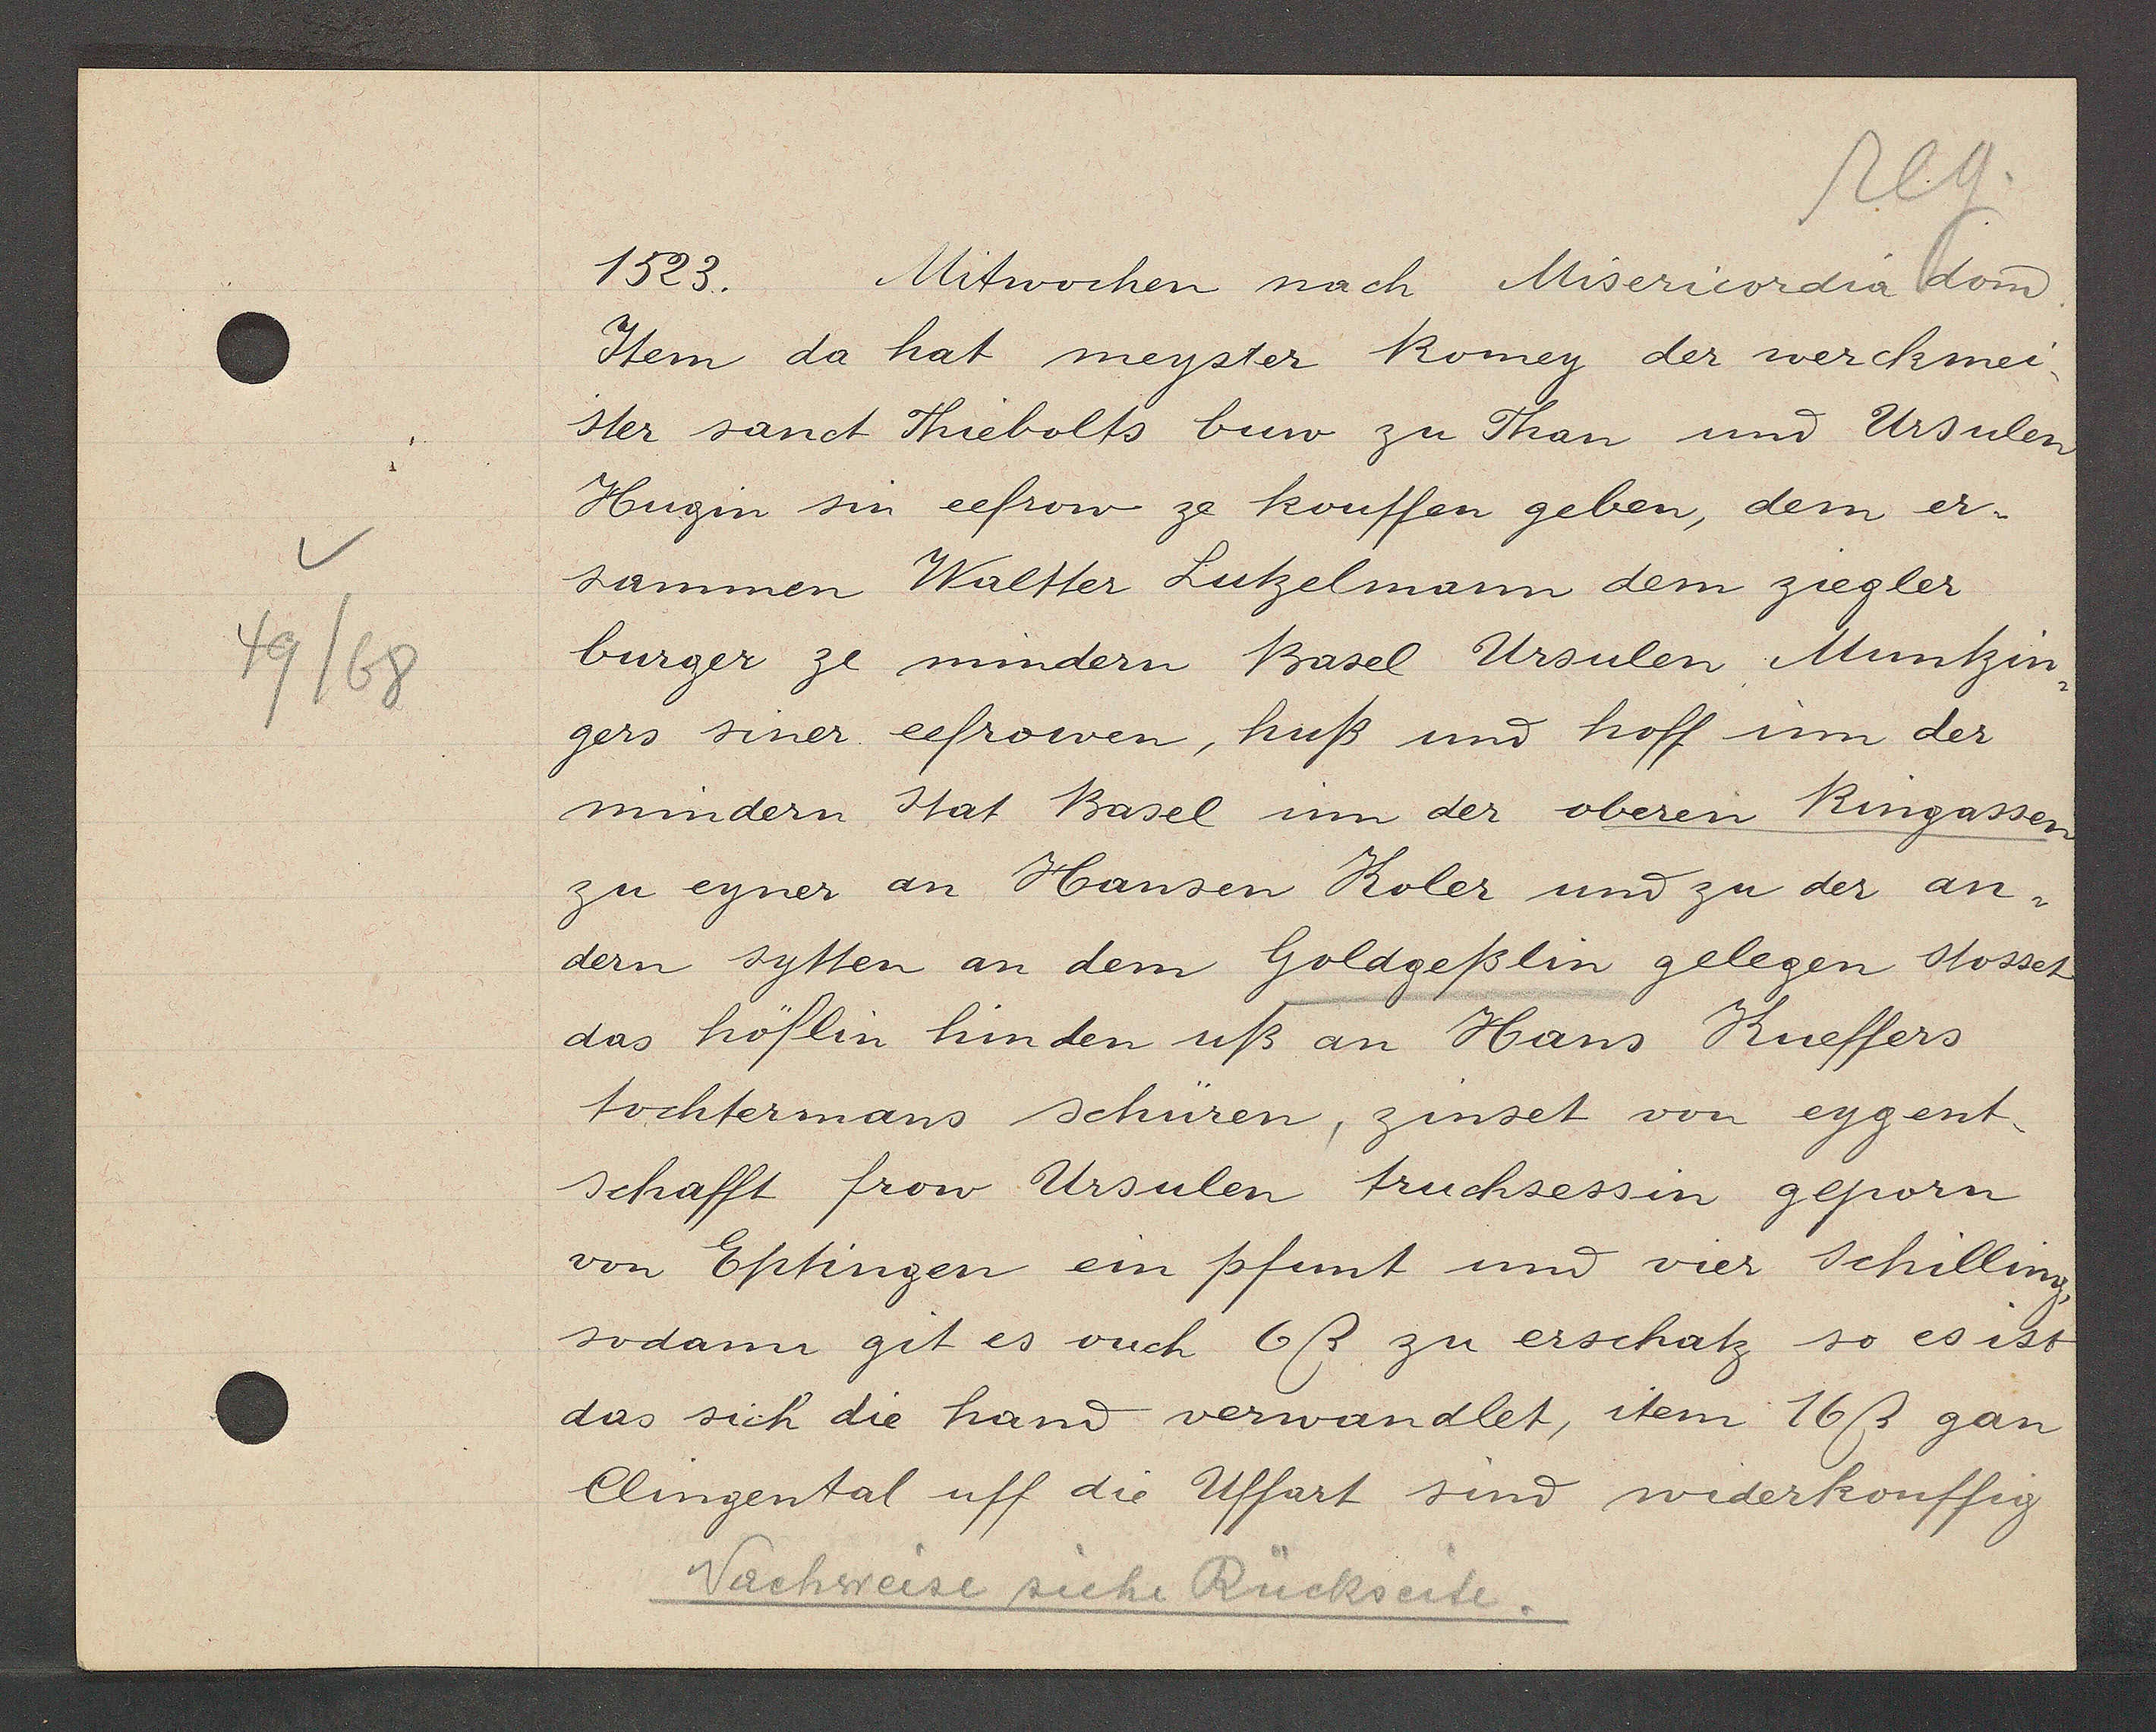
Transcript:
9/103

1523.
Mitwochen nach Misericordia dom

Item da hat meyster komey der werckmer
ster sanet Thriebolts buw zu Than und Ursuler
Huzin sin eefrow ze kouffen geben, dem er-
sammen Wältter Lutzelmann dem ziegler
burger ze mindern Basel Ursulen Müntzin,
gers siner. eefrowen, huß und hoff im der
mindern Stat Basel inn der oberen Ringasser
zu eyner an Hansen Koler und zu der an¬
dern sytten an dem Goldgeßlin gelegen stossen
das höflin hinden uß an Hans Kueffers
tochtermans sehuren, zinset von eygent.
schafft frow Ursulen truchsessin gepön
von Eptingen ein pfnt und vier Schillin
sodann git is ouch 6ß zu erschatz so esiss
das sich die hand verwandlet, item 16ß gan
Clingental uff die Uffart sund widerkouffen

Vächweise sich Ruchseite.